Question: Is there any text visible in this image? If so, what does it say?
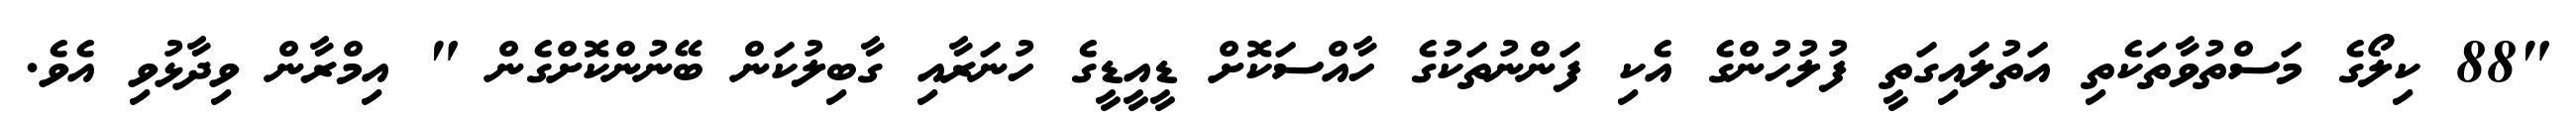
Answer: "88 ކިލޯގެ މަސްތުވާތަކެތި އަތުލައިގަތީ ފުލުހުންގެ އެކި ފަންނުތަކުގެ ހާއްސަކޮށް ޑީއީޑީގެ ހުނަރާއި ގާބިލުކަން ބޭނުންކޮށްގެން " އިމްރާން ވިދާޅުވި އެވެ.